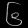
Digit: ၆